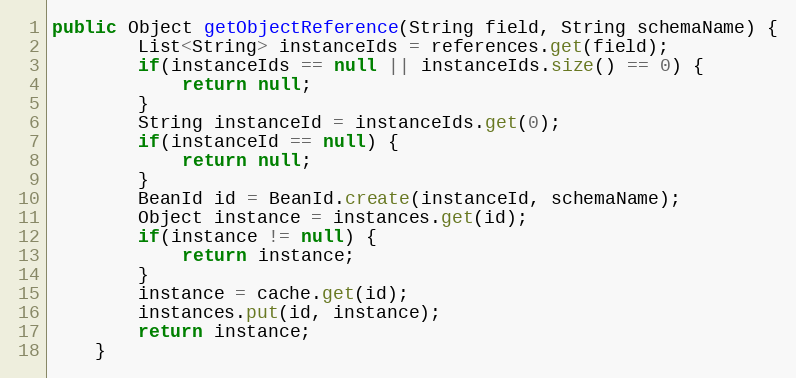
Language: Java
public Object getObjectReference(String field, String schemaName) {
        List<String> instanceIds = references.get(field);
        if(instanceIds == null || instanceIds.size() == 0) {
            return null;
        }
        String instanceId = instanceIds.get(0);
        if(instanceId == null) {
            return null;
        }
        BeanId id = BeanId.create(instanceId, schemaName);
        Object instance = instances.get(id);
        if(instance != null) {
            return instance;
        }
        instance = cache.get(id);
        instances.put(id, instance);
        return instance;
    }